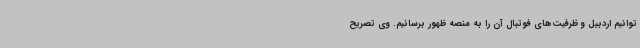
توانیم اردبیل و ظرفیت‌های فوتبال آن را به منصه ظهور برسانیم. وی تصریح